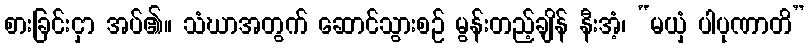
စားခြင်းငှာ အပ်၏။ သံဃာအတွက် ဆောင်သွားစဉ် မွန်းတည့်ချိန် နီးအံ့၊ “မယှံ ပါပုဏာတိ”